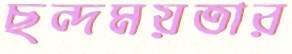
ছন্দময়তার